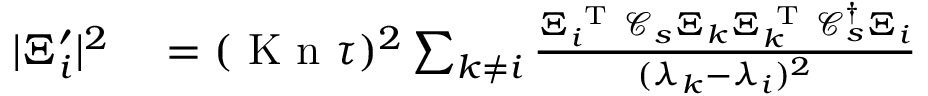
\begin{array} { r l } { \vert \Xi _ { i } ^ { \prime } \vert ^ { 2 } } & { { } = ( \ensuremath { \mathrm { ~ K ~ n ~ } } \tau ) ^ { 2 } \sum _ { k \neq i } \frac { \Xi _ { i } ^ { \mathrm { ~ T ~ } } \mathcal C _ { s } \Xi _ { k } \Xi _ { k } ^ { \mathrm { ~ T ~ } } \mathcal C _ { s } ^ { \dagger } \Xi _ { i } } { ( \lambda _ { k } - \lambda _ { i } ) ^ { 2 } } } \end{array}